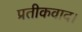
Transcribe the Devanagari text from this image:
प्रतीकवाद।